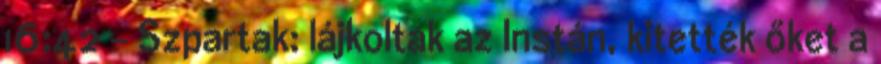
16:42 - Szpartak: lájkoltak az Instán, kitették őket a